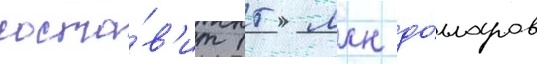
соста́в'ит 15 млн до́лларов